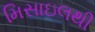
મિસાઇલથી